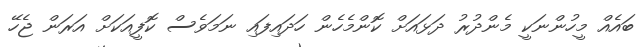
ބައެއް މީހުންނަކީ މެންދުރު ދަޅައަށް ކޮންމެހެން ހަދައިފައި ނަމަވެސް ކޮފީއަކަށް އަރަން ޖެހޭ